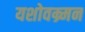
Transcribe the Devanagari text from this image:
यशोवम्र्मन